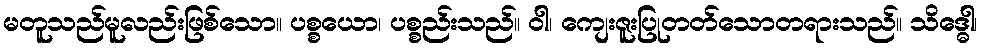
မတူသည်မူလည်းဖြစ်သော။ ပစ္စယော၊ ပစ္စည်းသည်။ ဝါ၊ ကျေးဇူးပြုတတ်သောတရားသည်။ သိဒ္ဓေါ၊